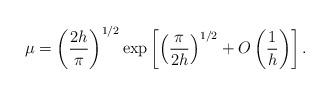
LaTeX: \begin{align*}\mu = \left(\frac{2h}{\pi}\right)^{1/2}\exp\left[\left(\frac{\pi}{2h}\right)^{1/2} + O\left(\frac{1}{h}\right)\right].\end{align*}